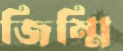
জিম্মি